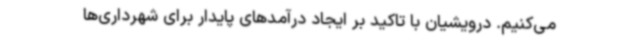
می‌کنیم. درویشیان با تاکید بر ایجاد درآمدهای پایدار برای شهرداری‌ها